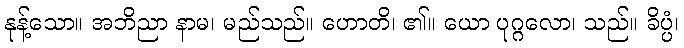
နုန့်သော။ အဘိညာ နာမ၊ မည်သည်။ ဟောတိ၊ ၏။ ယော ပုဂ္ဂလော၊ သည်။ ခိပ္ပံ၊